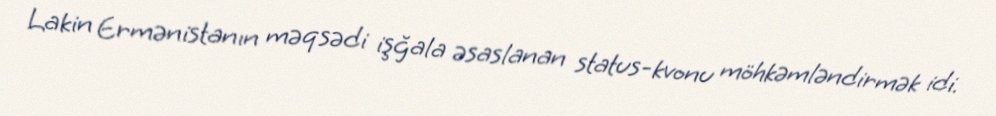
Lakin Ermənistanın məqsədi işğala əsaslanan status-kvonu möhkəmləndirmək idi.